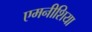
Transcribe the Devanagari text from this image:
एमनीशिया